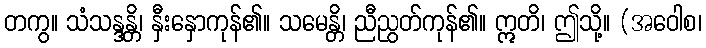
တကွ။ သံသန္ဒန္တိ၊ နှီးနှောကုန်၏။ သမေန္တိ၊ ညီညွတ်ကုန်၏။ ဣတိ၊ ဤသို့။ (အဝေါစ၊